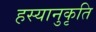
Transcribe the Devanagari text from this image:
हस्यानुकृति